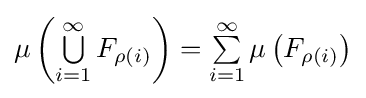
\mu \left(\textstyle \bigcup \limits _{i=1}^{\infty }F_{\rho (i)}\right)=\textstyle \sum \limits _{i=1}^{\infty }\mu \left(F_{\rho (i)}\right)